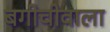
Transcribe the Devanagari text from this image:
बगीचीवाला